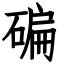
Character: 碥